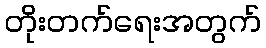
တိုးတက်ရေးအတွက်